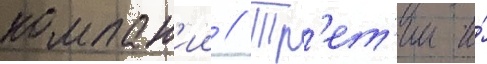
компан'ии // Тр'ет'ии и́